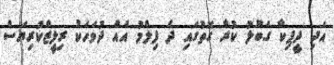
އަދި ދީޕިކާ ގަބޫލު ކުރާ ގޮތުގައި ދެ ފިލްމު އެއް ދުވަހަކު ރިލީޒްކުރިޔަސް